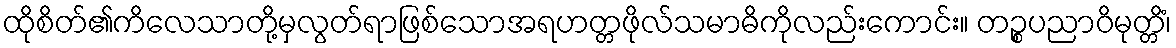
ထိုစိတ်၏ကိလေသာတို့မှလွတ်ရာဖြစ်သောအရဟတ္တဖိုလ်သမာဓိကိုလည်းကောင်း။ တဉ္စပညာဝိမုတ္တိံ၊